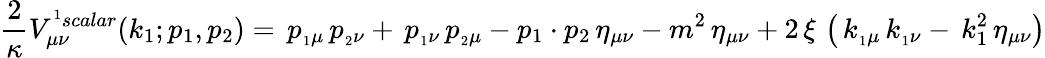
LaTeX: \displaystyle{\frac{2}{\kappa}}V_{\mu\nu}^{^1{scalar}}(k_{1};p_{1},p_{2})=\, p_{_1\mu}\, p_{_2\nu}+\, p_{_1\nu}\, p_{_2\mu}-p_{1}\cdot p_{2}\, \eta_{\mu\nu}-{m^{2}}\, \eta_{\mu\nu}+2\, \xi\, \left(\, k_{_1\mu}\, k_{_1\nu}-\, k_{1}^{2}\, \eta_{\mu\nu}\right)